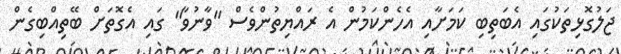
ޖަލުގޮޅިތަކުގައި އެބަތިބި ކަމަށާއި އެހެންކަމުން އެ ރައްޔިތުންވެސް "ވާނުވާ" ގައި އެގޮތަށް ބޭތިއްބިގެން